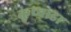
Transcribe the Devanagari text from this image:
कुच्वाडा